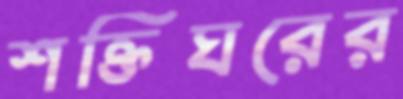
শক্তিঘরের